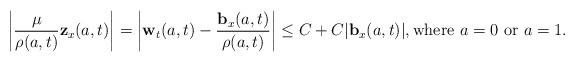
LaTeX: \begin{align*} \left|\frac{\mu}{\rho(a,t)}\mathbf{z}_x(a,t)\right| =\left|\mathbf{w}_t(a,t)-\frac{\mathbf{b}_x(a,t)}{\rho(a,t)}\right| \leq C+C |\mathbf{b}_x(a,t)|,\hbox{\rm where}~a=0~\hbox{\rm or}~a=1.\end{align*}